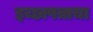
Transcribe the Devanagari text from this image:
इच्छापत्राचा